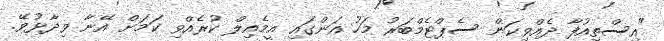
"އިސްތިއުފާ ދެއްވިކަން ސެޕްޓެމްބަރު މަހު އަންގައި އީމެއިލް ކުރެއްވި ކަމަށް އޭނާ ވިދާޅުވޭ.